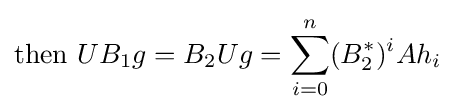
{\text{then }}UB_{1}g=B_{2}Ug=\sum _{i=0}^{n}(B_{2}^{*})^{i}Ah_{i}